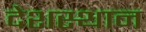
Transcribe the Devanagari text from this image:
देशस्थान